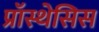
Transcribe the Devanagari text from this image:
प्रॉस्थेसिस